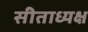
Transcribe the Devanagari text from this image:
सीताध्यक्ष